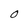
Character: O